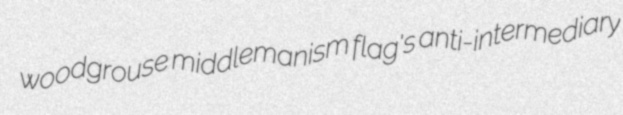
woodgrouse middlemanism flag's anti-intermediary